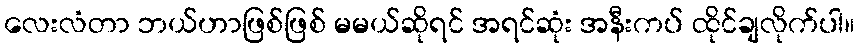
လေးလံတာ ဘယ်ဟာဖြစ်ဖြစ် မမယ်ဆိုရင် အရင်ဆုံး အနီးကပ် ထိုင်ချလိုက်ပါ။